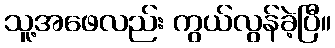
သူ့အဖေလည်း ကွယ်လွန်ခဲ့ပြီ။